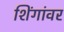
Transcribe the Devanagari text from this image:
शिंगांवर